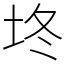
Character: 𰉡